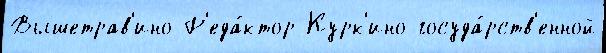
Вышетрав'ино Р'еда́ктор Курк'ино госуда́рств'енной